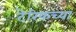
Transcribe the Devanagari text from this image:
टेरिफच्या